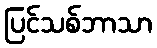
ပြင်သစ်ဘာသာ